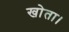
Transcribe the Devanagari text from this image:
खोता।